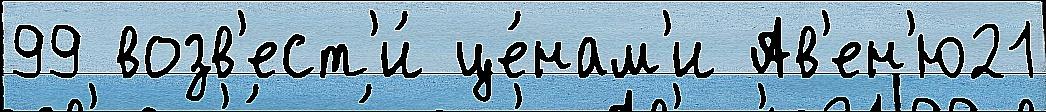
99 возв'ест'и́ це́нам'и Ав'ен'ю21